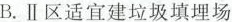
B.Ⅱ区适宜建垃圾填埋场